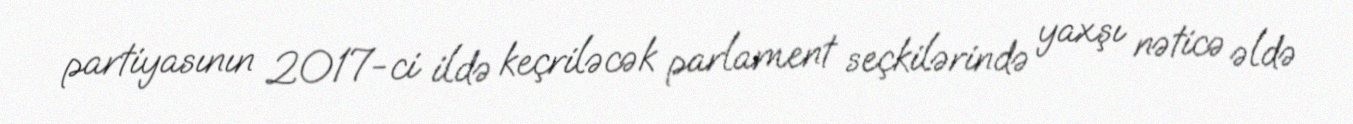
partiyasının 2017-ci ildə keçriləcək parlament seçkilərində yaxşı nəticə əldə